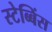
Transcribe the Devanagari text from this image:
स्टेब्बिंस